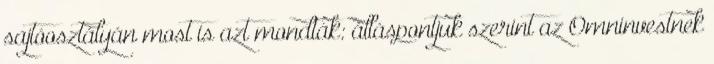
sajtóosztályán most is azt mondták: álláspontjuk szerint az Omninvestnek